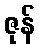
ဇုန်